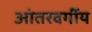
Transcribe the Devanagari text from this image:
आंतरवर्गीय